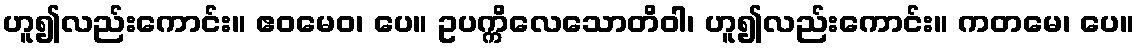
ဟူ၍လည်းကောင်း။ ဧဝမေဝ၊ ပေ။ ဥပက္ကိလေသောတိဝါ၊ ဟူ၍လည်းကောင်း။ ကတမေ၊ ပေ။